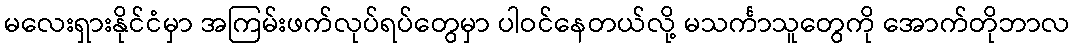
မလေးရှားနိုင်ငံမှာ အကြမ်းဖက်လုပ်ရပ်တွေမှာ ပါဝင်နေတယ်လို့ မသင်္ကာသူတွေကို အောက်တိုဘာလ